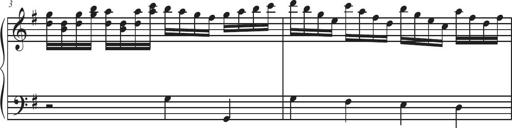
Title: Sonatina Espania
Composer: Jerald Franklin Archer
Key: Various